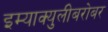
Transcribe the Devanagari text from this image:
इम्‍याक्‍युलीबरोबर